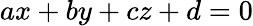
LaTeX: ax+by+cz+d=0